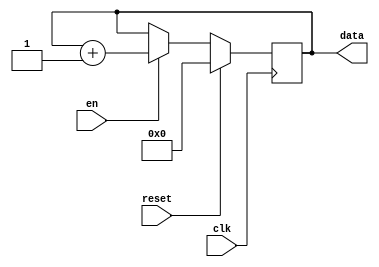

module counter_4b(
    input clk,
    input en,
    input reset,
    output reg [3:0] data
    );
    
    always@(posedge clk) begin
        if(reset)
            data <= 0;
        else if(en)
            data <= data + 1;
    end
endmodule